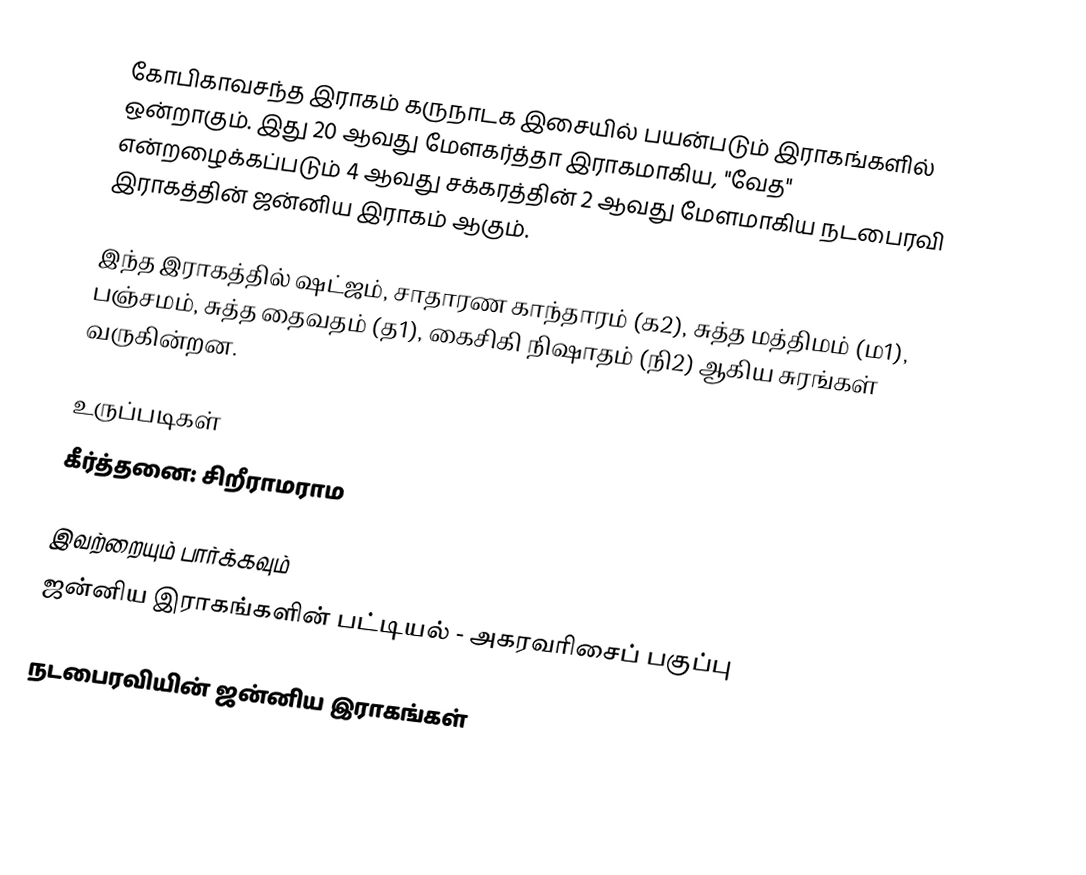
கோபிகாவசந்த இராகம் கருநாடக இசையில் பயன்படும் இராகங்களில் ஒன்றாகும். இது 20 ஆவது மேளகர்த்தா இராகமாகிய, "வேத" என்றழைக்கப்படும் 4 ஆவது சக்கரத்தின் 2 ஆவது மேளமாகிய நடபைரவி இராகத்தின் ஜன்னிய இராகம் ஆகும்.

இந்த இராகத்தில் ஷட்ஜம், சாதாரண காந்தாரம் (க2), சுத்த மத்திமம் (ம1), பஞ்சமம், சுத்த தைவதம் (த1), கைசிகி நிஷாதம்  (நி2) ஆகிய சுரங்கள் வருகின்றன.

உருப்படிகள்
 கீர்த்தனை: சிறீராமராம

இவற்றையும் பார்க்கவும்
 ஜன்னிய இராகங்களின் பட்டியல் - அகரவரிசைப் பகுப்பு

நடபைரவியின் ஜன்னிய இராகங்கள்